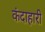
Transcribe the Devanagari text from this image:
कंदाहारी